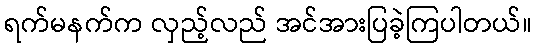
ရက်မနက်က လှည့်လည် အင်အားပြခဲ့ကြပါတယ်။